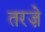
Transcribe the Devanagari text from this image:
तरज़े